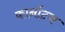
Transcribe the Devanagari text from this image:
कार्नाटक